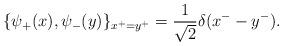
LaTeX: \begin{align*}\{\psi_+(x), \psi_-(y)\}_{x^+=y^+}=\frac{1}{\sqrt 2}\delta(x^--y^-).\end{align*}